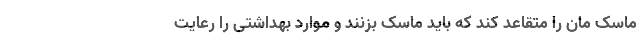
ماسک مان را متقاعد کند که باید ماسک بزنند و موارد بهداشتی را رعایت